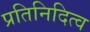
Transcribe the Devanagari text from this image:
प्रतिनिदित्व